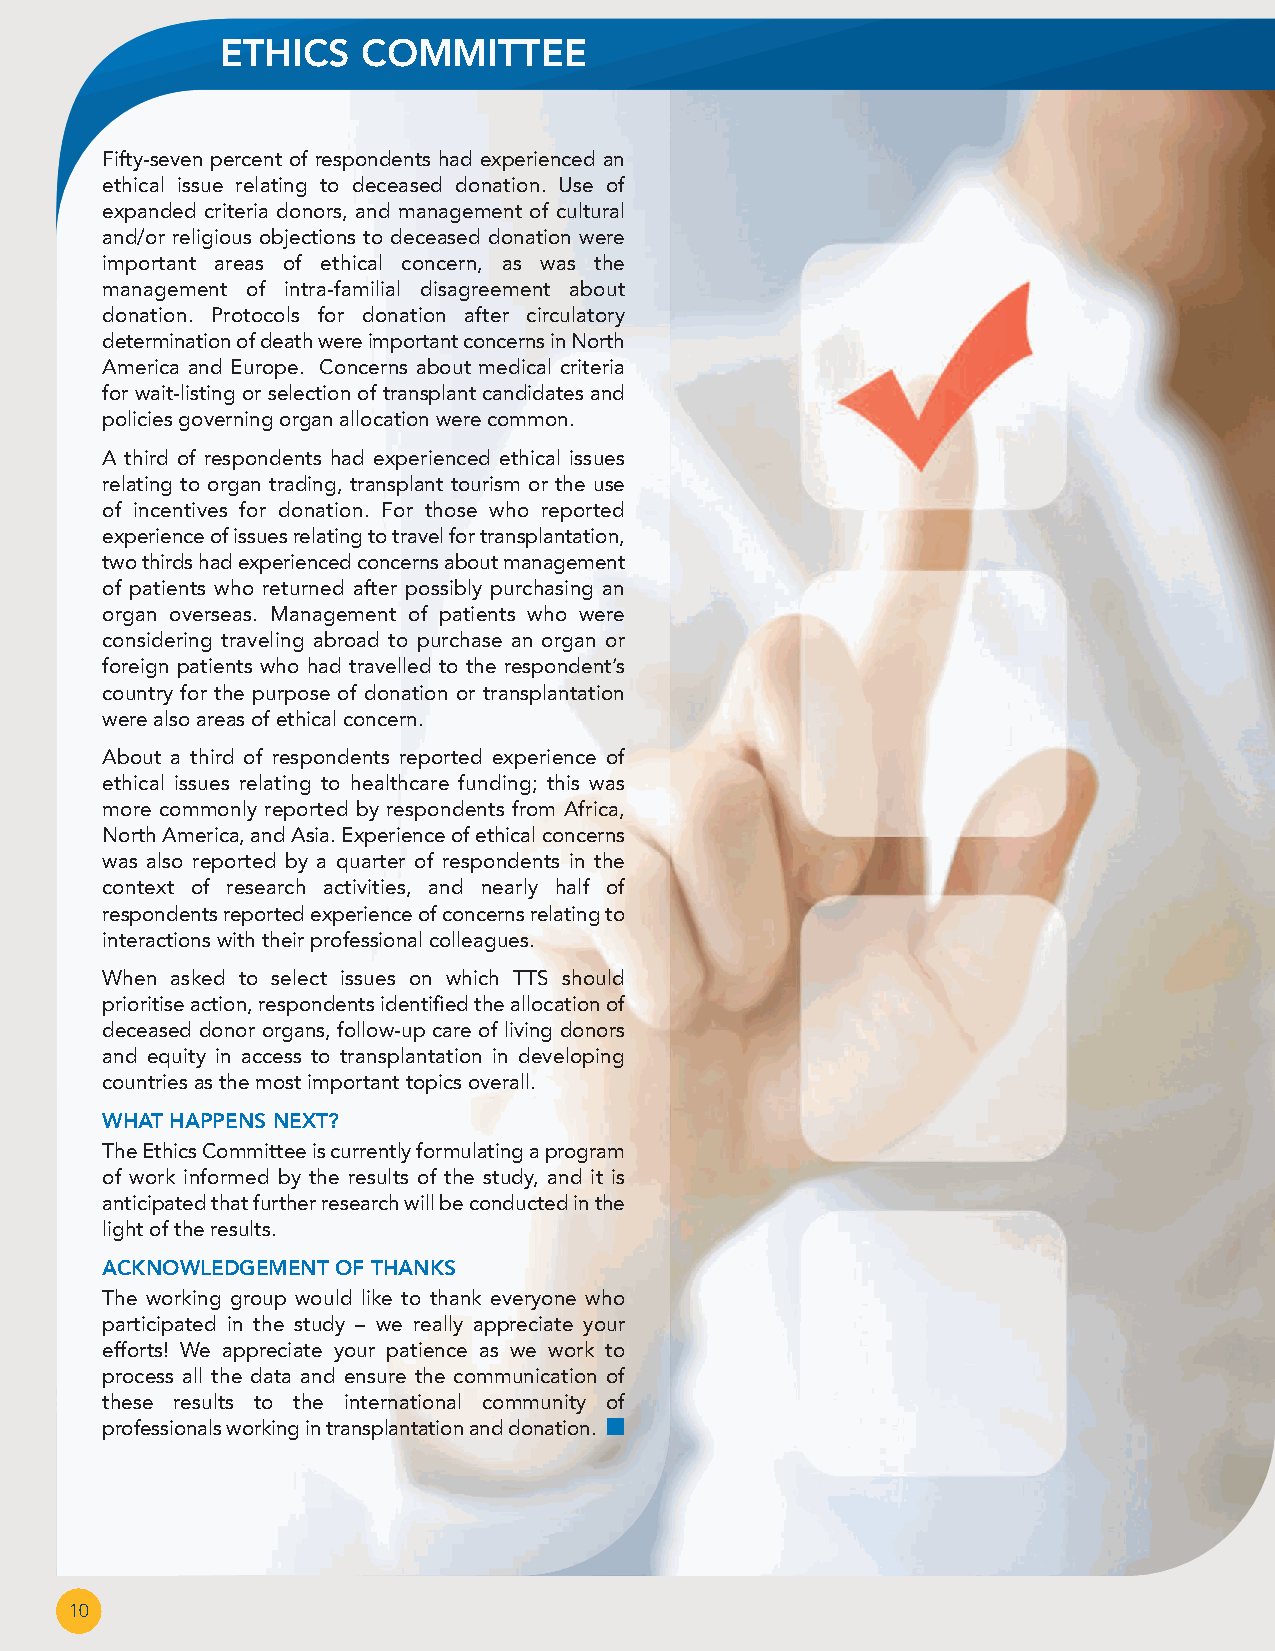
ETHICS   COMMITTEE
 Fifty-seven percent of respondents had experienced an
 ethical issue relating to deceased donation. Use of
 expanded criteria donors, and management of cultural
 and/or religious objections to deceased donation were
 important areas of ethical concern, as was the
 management of intra-familial disagreement about
 donation. Protocols for donation after circulatory
 determination of death were important concerns in North
 America and Europe. Concerns about medical criteria
 for wait-listing or selection of transplant candidates and
 policies governing organ allocation were common.
 A third of respondents had experienced ethical issues
 relating to organ trading, transplant tourism or the use
 of incentives for donation. For those who reported
 experience of issues relating to travel for transplantation,
 two thirds had experienced concerns about management
 of patients who returned after possibly purchasing an
 organ overseas. Management of patients who were
 considering traveling abroad to purchase an organ or
 foreign patients who had travelled to the respondent’s
 country for the purpose of donation or transplantation
 were also areas of ethical concern.
 About a third of respondents reported experience of
 ethical issues relating to healthcare funding; this was
 more commonly reported by respondents from Africa,
 North America, and Asia. Experience of ethical concerns
 was also reported by a quarter of respondents in the
 context of research activities, and nearly half of
 respondents reported experience of concerns relating to
 interactions with their professional colleagues.
 When asked to select issues on which TTS should
 prioritise action, respondents identified the allocation of
 deceased donor organs, follow-up care of living donors
 and equity in access to transplantation in developing
 countries as the most important topics overall.
 WHAT HAPPENS NEXT?
 The Ethics Committee is currently formulating a program
 of work informed by the results of the study, and it is
 anticipated that further research will be conducted in the
 light of the results.
 ACKNOWLEDGEMENT OF THANKS
 The working group would like to thank everyone who
 participated in the study – we really appreciate your
 efforts! We appreciate your patience as we work to
 process all the data and ensure the communication of
 these results to the international community of
 professionals working in transplantation and donation. n
 10